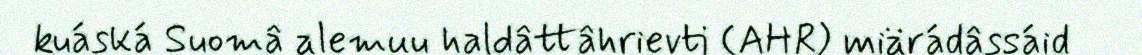
kuáská Suomâ alemuu haldâttâhrievti (AHR) miärádâssáid